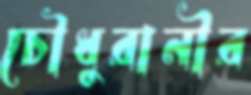
চৌধুরানীর